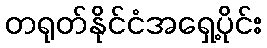
တရုတ်နိုင်ငံအရှေ့ပိုင်း